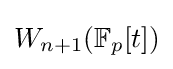
W_{n+1}(\mathbb {F} _{p}[t])